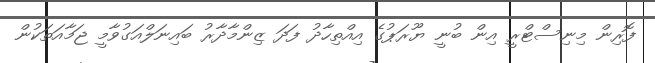
ފޮރިން މިނިސްޓްރީ އިން ބުނީ ޔޫރަޕުގެ އިއްތިހާދު ފަދަ ޒިންމާދާރު ބައިނަލްއަގުވާމީ ޖަމާއަތަކުން